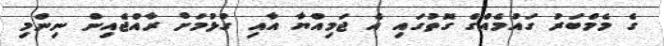
ގެ މެމްބަރު ގައުމެއްގެ ގޮތުގައި އެ ޖަމިއްޔާ އާއި ގުޅުމަށް ރާއްޖެއިން ނިންމި